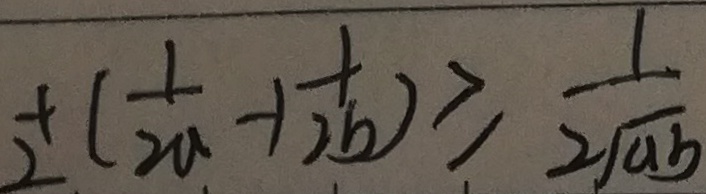
_ { 2 } + ( \frac { 1 } { 2 a } - 1 \frac { 1 } { 2 a } ) \geq \frac { 1 } { 2 \sqrt { a b } }